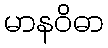
မာနဝိဓာ